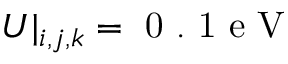
U | _ { i , j , k } = \mathrm { ~ 0 ~ . ~ 1 ~ e ~ V ~ }